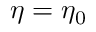
\eta = \eta _ { 0 }